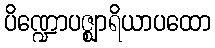
ပိဏ္ဍောပဇ္ဈာရိယာပထော